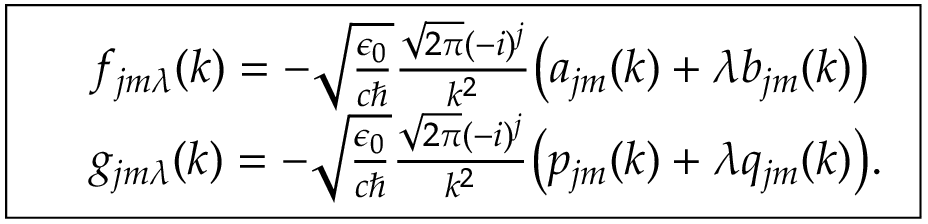
\boxed { \begin{array} { r l } & { f _ { j m \lambda } ( k ) = - \sqrt { \frac { \epsilon _ { 0 } } { c \hbar } } \frac { \sqrt { 2 \pi } ( - i ) ^ { j } } { k ^ { 2 } } \big ( a _ { j m } ( k ) + \lambda b _ { j m } ( k ) \big ) } \\ & { g _ { j m \lambda } ( k ) = - \sqrt { \frac { \epsilon _ { 0 } } { c \hbar } } \frac { \sqrt { 2 \pi } ( - i ) ^ { j } } { k ^ { 2 } } \big ( p _ { j m } ( k ) + \lambda q _ { j m } ( k ) \big ) . } \end{array} }